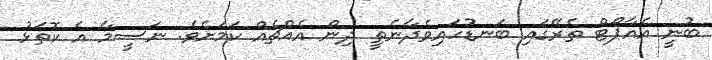
ބުނީ އެއާޕޯޓް ތެރޭގައި ބަނޑުހައިވެދާނެތީ ދިން އެއްޗެއް ކަމަށެވެ. ނަސީމާ އެ ކޮތަޅު